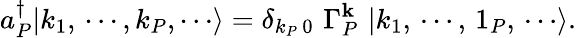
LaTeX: a_{P}^{\dagger}|k_{1},\, \cdots,k_{P},\cdots\rangle=\delta_{k_{P}\, 0}\, \, \Gamma_{P}^{\mathbf{k}}\, \, |k_{1},\, \cdots,\, 1_{P},\, \cdots\rangle.